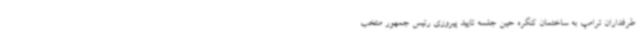
طرفداران ترامپ به ساختمان کنگره حین جلسه تایید پیروزی رئیس جمهور منتخب